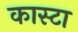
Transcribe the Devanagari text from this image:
कास्टा